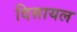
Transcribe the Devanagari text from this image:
दिसायल